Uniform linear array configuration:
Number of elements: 64
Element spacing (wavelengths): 0.5
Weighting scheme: uniform
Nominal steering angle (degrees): -30
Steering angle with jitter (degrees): -31.083
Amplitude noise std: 0.05
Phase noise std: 0.05

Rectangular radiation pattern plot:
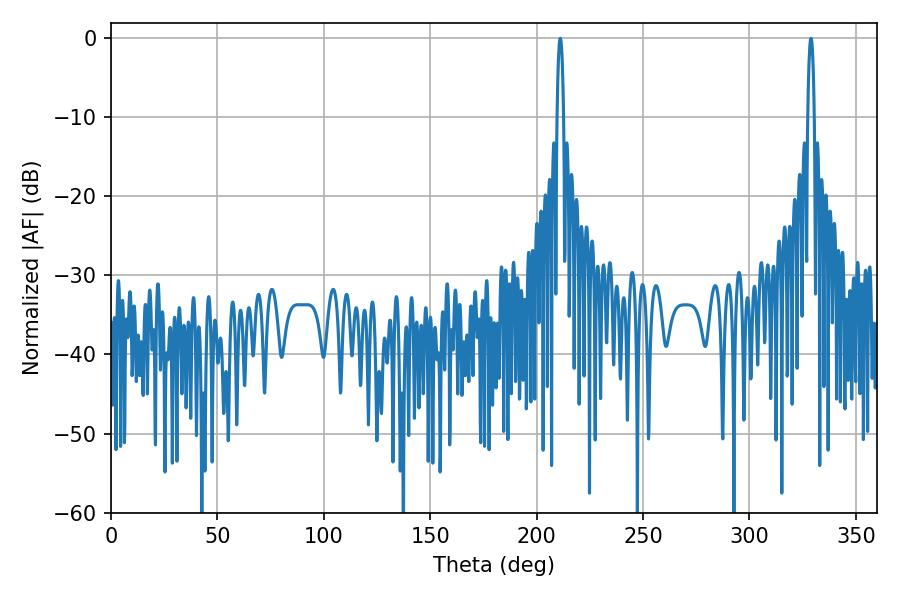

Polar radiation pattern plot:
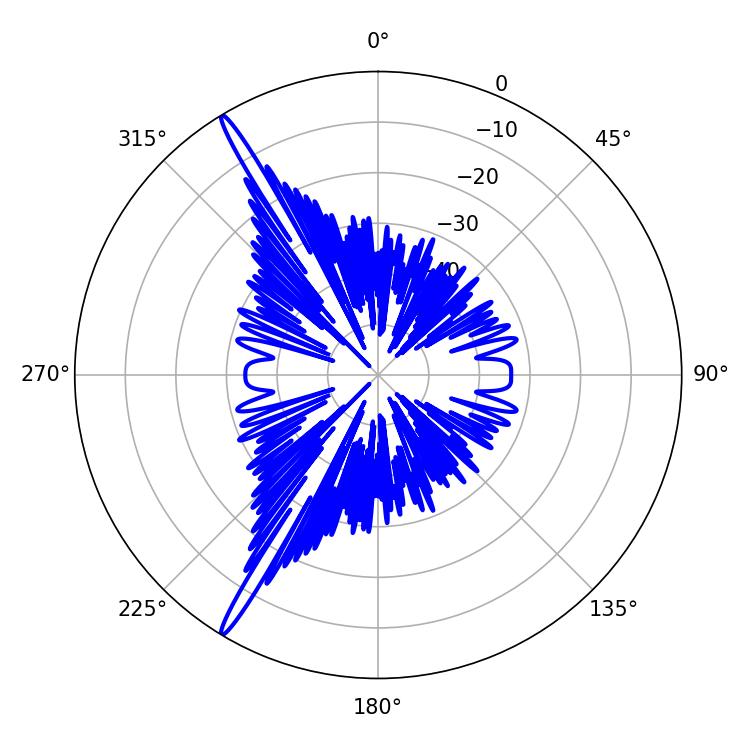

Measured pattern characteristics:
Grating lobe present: FALSE
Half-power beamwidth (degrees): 1.62
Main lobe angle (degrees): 328.86